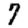
Digit: 7